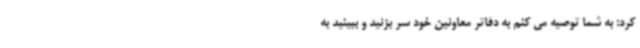
کرد: به شما توصیه می کنم به دفاتر معاونین خود سر بزنید و ببینید به